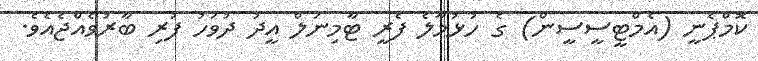
ކޮމްޕެނީ (އެމްޓީސީސީން) ގެ ހުޅުމާލެ ފެރީ ޓާމިނަލް އީދު ދުވަހު ފުރި ބާރުވެއްޖެއެވެ.